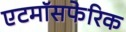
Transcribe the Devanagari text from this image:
एटमॉसफेरिक